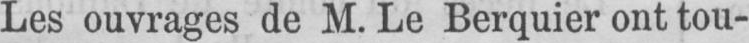
Les ouvrages de M. Le Berquier ont tou-